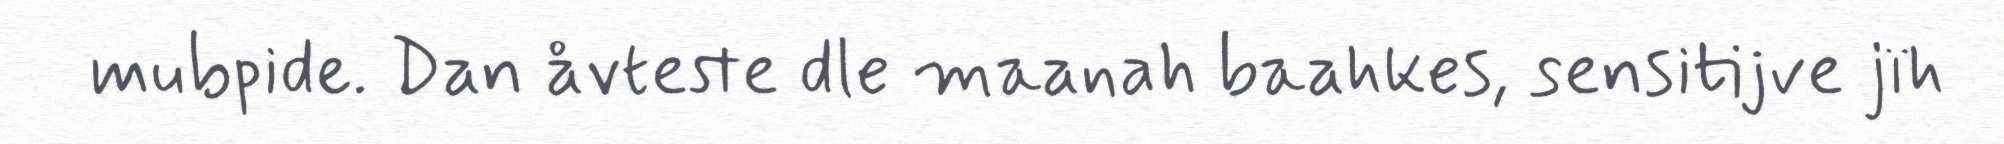
mubpide. Dan åvteste dle maanah baahkes, sensitijve jïh